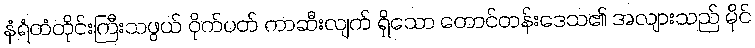
နံရံတံတိုင်းကြီးသဖွယ် ဝိုက်ပတ် ကာဆီးလျက် ရှိသော တောင်တန်းဒေသ၏ အလျားသည် မိုင်